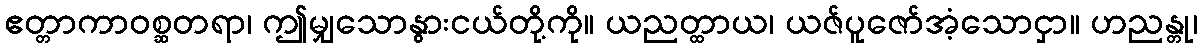
ဧတ္တာကာဝစ္ဆတရာ၊ ဤမျှသောနွားငယ်တို့ကို။ ယညတ္ထာယ၊ ယဇ်ပူဇော်အံ့သောငှာ။ ဟညန္တု၊